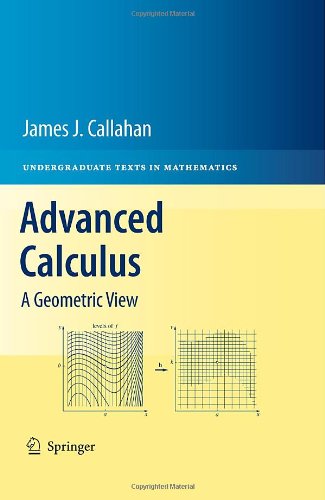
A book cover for Advanced Calculus: A Geometric View (Undergraduate Texts in Mathematics); James J. Callahan; Science & Math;